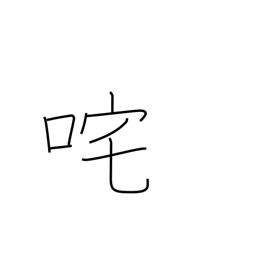
Meaning: upbraid